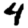
Digit: 4